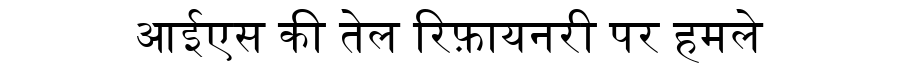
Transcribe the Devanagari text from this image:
आईएस की तेल रिफ़ायनरी पर हमले